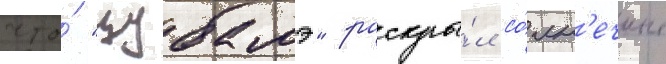
что́ "цубамэ" раскры́л со́лн'ечные